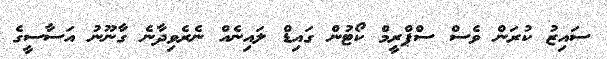
ސައިޒު ކުރަން ވެސް ސްޕްރީމް ކޯޓުން ގައިޑް ލައިނެއް ނެރެވިދާނެ ގާނޫނު އަސާސީގެ